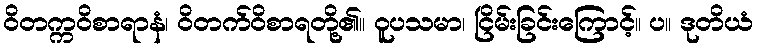
ဝိတက္ကဝိစာရာနံ၊ ဝိတက်ဝိစာရတို့၏။ ဝူပသမာ၊ ငြိမ်းခြင်းကြောင့်။ ပ။ ဒုတိယံ